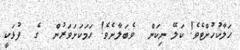
ހަލާކުހުށްޓެވެ! ކަލޭ ނިކަން  ވެބަލާށެވެ! ހަމަކަށަވަރުން  ގެ  ފުޅަކީ